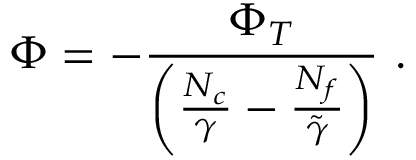
\Phi = - \frac { \Phi _ { T } } { \left( \frac { N _ { c } } { \gamma } - \frac { N _ { f } } { \tilde { \gamma } } \right) } \ .